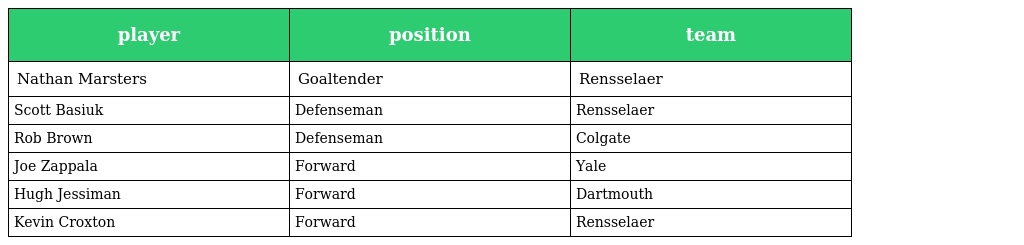
| player | position | team |
 | --- | --- | --- |
 | Nathan Marsters | Goaltender | Rensselaer |
 | Scott Basiuk | Defenseman | Rensselaer |
 | Rob Brown | Defenseman | Colgate |
 | Joe Zappala | Forward | Yale |
 | Hugh Jessiman | Forward | Dartmouth |
 | Kevin Croxton | Forward | Rensselaer |